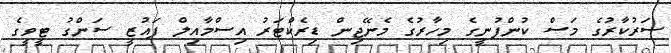
ސަރުކާރުގެ މަސް ކުންފުނީގެ މިހާރުގެ މެނޭޖިން ޑިރެކްޓަރު އިސްމާއިލް ފައުޒީ ސަންގު ޓީވީގެ